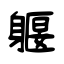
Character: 躽